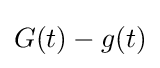
G(t)-g(t)